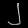
Digit: ၂